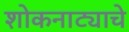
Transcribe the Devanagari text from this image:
शोकनाट्याचे